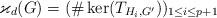
LaTeX: \begin{align*}\varkappa_d(G)=(\#\ker(T_{H_i,G^\prime}))_{1\le i\le p+1}\end{align*}